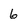
Character: 6